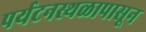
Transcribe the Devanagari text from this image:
पर्यटनस्थळापासून